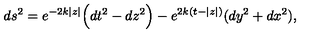
d s ^ { 2 } = e ^ { - 2 k | z | } \Big ( d t ^ { 2 } - d z ^ { 2 } \Big ) - e ^ { 2 k ( t - | z | ) } ( d y ^ { 2 } + d x ^ { 2 } ) ,